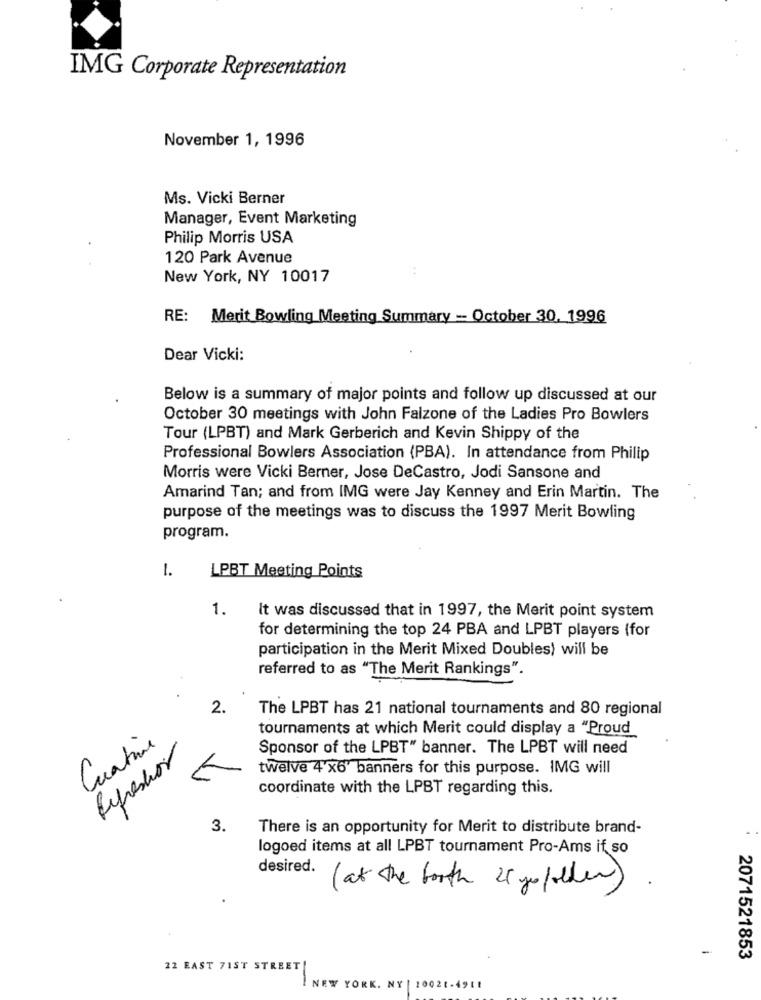
IMG Corporate Representation
November 1, 1996
Ms. Vicki Berner
Manager, Event Marketing
Philip Morris USA
120 Park Avenue
New York, NY 10017
RE: Merit Bowling Meeting Summary - October 30. 1996
Dear Vicki:
Below is a summary of major points and follow up discussed at our
October 30 meetings with John Falzone of the Ladies Pro Bowlers
Tour (LPBT) and Mark Gerberich and Kevin Shippy of the
Professional Bowlers Association (PBA). In attendance from Philip
Morris were Vicki Berner, Jose DeCastro, Jodi Sansone and
Amarind Tan; and from IMG were Jay Kenney and Erin Martin. The
purpose of the meetings was to discuss the 1997 Merit Bowling
program.
1.
LPBT Meeting Points
1.
It was discussed that in 1997, the Merit point system
for determining the top 24 PBA and LPBT players (for
participation in the Merit Mixed Doubles) will be
referred to as "The Merit Rankings".
2.
The LPBT has 21 national tournaments and 80 regional
tournaments at which Merit could display a "Proud
Cuatine
Sponsor of the LPBT" banner. The LPBT will need
Refreshor
twelve 4 x6" banners for this purpose. IMG will
coordinate with the LPBT regarding this.
3.
There is an opportunity for Merit to distribute brand-
logoed items at all LPBT tournament Pro-Ams if so
desired.
( at the booth 25 youfolder)
2071521853
22 EAST 71ST STREET
NEW YORK. NY | 10021-4911